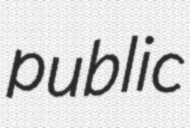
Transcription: public